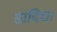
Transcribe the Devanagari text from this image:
सादिद्या